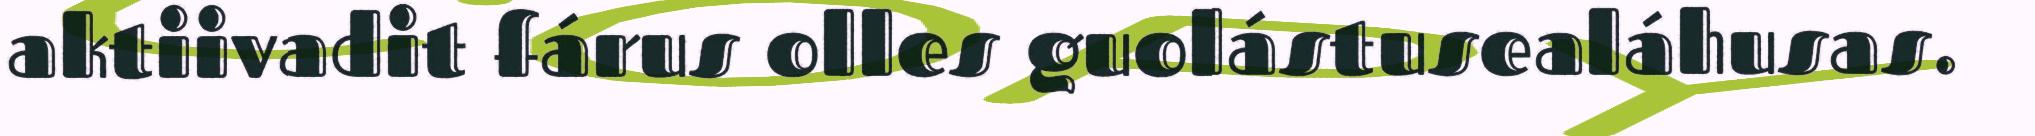
aktiivadit fárus olles guolástusealáhusas.